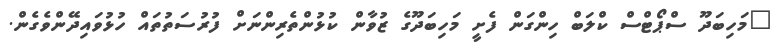
"މަހިބަދޫ ސްޕޯޓްސް ކްލަބް ހިންގަން ފެށީ މަހިބަދޫގެ ޒުވާން ކުޅުންތެރިންނަށް ފުރުސަތުތައް ހުޅުވައިދޭންވެގެން.